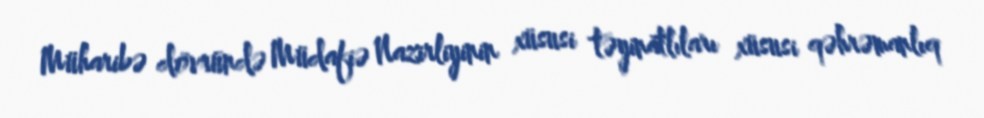
Müharibə dövründə Müdafiə Nazirliyinin xüsusi təyinatlıları xüsusi qəhrəmanlıq